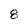
Character: 8